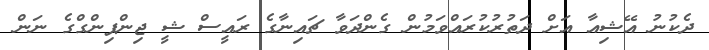
ދެކުނު އޭޝިއާ އަށް ދަތުރުކުރައްވަމުން ގެންދަވާ ޗައިނާގެ ރައީސް ޝީ ޖިންޕިންގްގެ ނަން